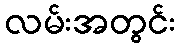
လမ်းအတွင်း